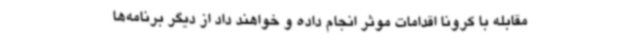
مقابله با کرونا اقدامات موثر انجام داده و خواهند داد از دیگر برنامه‌ها